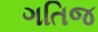
ગતિજ